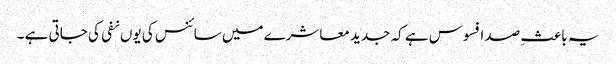
یہ باعثِ صد افسوس ہے کہ جدید معاشرے میں سائنس کی یوں نفی کی جاتی ہے ۔